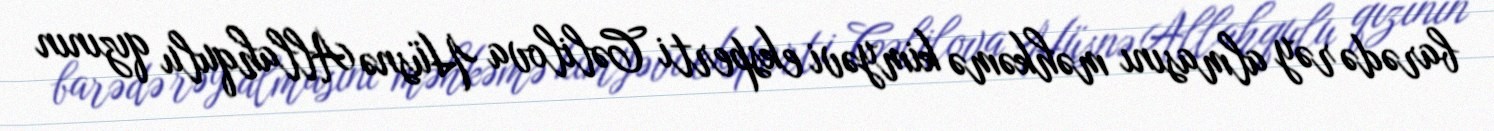
barədə rəy almasını məhkəmə kimyəvi eksperti Cəlilova Hüsnə Allahqulu qızının